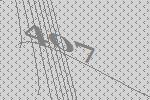
407